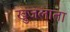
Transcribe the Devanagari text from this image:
खुजलाता